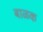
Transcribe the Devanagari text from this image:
बाळक